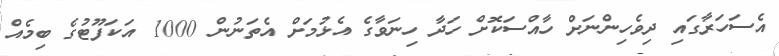
އެސަހަރާގައި ދިވެހިންނަށް ހާއްސަކޮށް ހަދާ ހިނަވާގެ އެޅުމަށް އެތަނުން 1000 އަކަފޫޓުގެ ބިމެއް